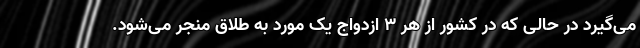
می‌گیرد در حالی که در کشور از هر ۳ ازدواج یک مورد به طلاق منجر می‌شود.